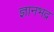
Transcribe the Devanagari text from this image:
ज्ञानभद्र